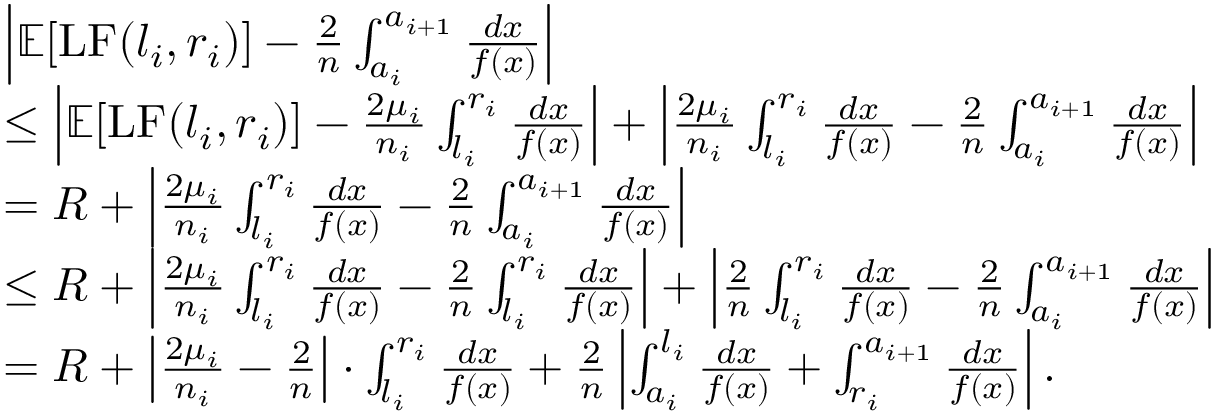
\begin{array} { r l } & { \left| \mathbb E [ \mathrm { L F } ( l _ { i } , r _ { i } ) ] - \frac { 2 } { n } \int _ { a _ { i } } ^ { a _ { i + 1 } } \frac { d x } { f ( x ) } \right| } \\ & { \le \left| \mathbb E [ \mathrm { L F } ( l _ { i } , r _ { i } ) ] - \frac { 2 \mu _ { i } } { n _ { i } } \int _ { l _ { i } } ^ { r _ { i } } \frac { d x } { f ( x ) } \right| + \left| \frac { 2 \mu _ { i } } { n _ { i } } \int _ { l _ { i } } ^ { r _ { i } } \frac { d x } { f ( x ) } - \frac { 2 } { n } \int _ { a _ { i } } ^ { a _ { i + 1 } } \frac { d x } { f ( x ) } \right| } \\ & { = R + \left| \frac { 2 \mu _ { i } } { n _ { i } } \int _ { l _ { i } } ^ { r _ { i } } \frac { d x } { f ( x ) } - \frac { 2 } { n } \int _ { a _ { i } } ^ { a _ { i + 1 } } \frac { d x } { f ( x ) } \right| } \\ & { \le R + \left| \frac { 2 \mu _ { i } } { n _ { i } } \int _ { l _ { i } } ^ { r _ { i } } \frac { d x } { f ( x ) } - \frac { 2 } { n } \int _ { l _ { i } } ^ { r _ { i } } \frac { d x } { f ( x ) } \right| + \left| \frac { 2 } { n } \int _ { l _ { i } } ^ { r _ { i } } \frac { d x } { f ( x ) } - \frac { 2 } { n } \int _ { a _ { i } } ^ { a _ { i + 1 } } \frac { d x } { f ( x ) } \right| } \\ & { = R + \left| \frac { 2 \mu _ { i } } { n _ { i } } - \frac { 2 } { n } \right| \cdot \int _ { l _ { i } } ^ { r _ { i } } \frac { d x } { f ( x ) } + \frac { 2 } { n } \left| \int _ { a _ { i } } ^ { l _ { i } } \frac { d x } { f ( x ) } + \int _ { r _ { i } } ^ { a _ { i + 1 } } \frac { d x } { f ( x ) } \right| . } \end{array}